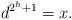
LaTeX: \begin{align*} & d^{2^h+1} = x. \end{align*}